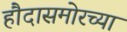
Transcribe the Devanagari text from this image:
हौदासमोरच्या